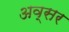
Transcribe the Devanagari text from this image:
अव्सर